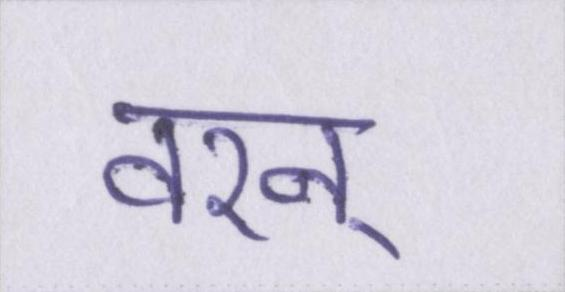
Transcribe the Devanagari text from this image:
वरन्